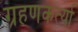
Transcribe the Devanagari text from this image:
ग्रहणकर्त्या